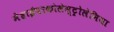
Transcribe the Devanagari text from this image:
मेंहाईपरकोलेस्ट्रोलेमिया